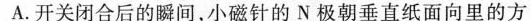
A.开关闭合后的瞬间，小磁针的N极朝垂直纸面向里的方